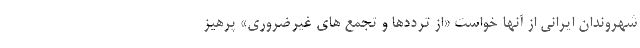
شهروندان ایرانی از آنها خواست «از ترددها و تجمع های غیرضروری» پرهیز